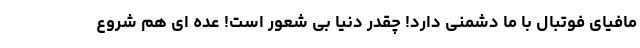
مافیای فوتبال با ما دشمنی دارد! چقدر دنیا بی شعور است! عده ای هم شروع